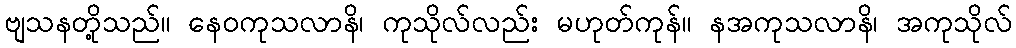
ဗျသနတို့သည်။ နေဝကုသလာနိ၊ ကုသိုလ်လည်း မဟုတ်ကုန်။ နအကုသလာနိ၊ အကုသိုလ်